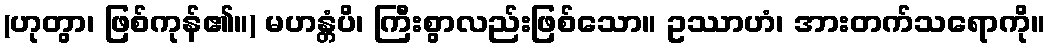
(ဟုတွာ၊ ဖြစ်ကုန်၏။) မဟန္တံပိ၊ ကြီးစွာလည်းဖြစ်သော။ ဥဿာဟံ၊ အားတက်သရောကို။